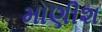
માણીશ